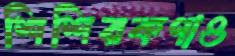
শিশিরকণাও